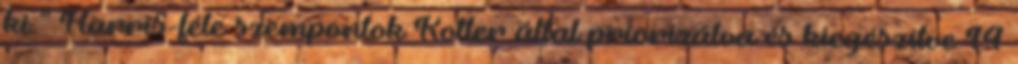
ki.” Harris-féle szempontok Kotler által priorizálva és kiegészítve 14